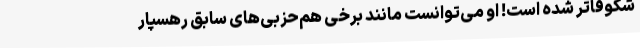
شکوفا‌تر شده است! او می‌توانست مانند برخی هم‌حزبی‌های سابق رهسپار